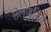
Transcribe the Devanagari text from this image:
सेल्जनिक